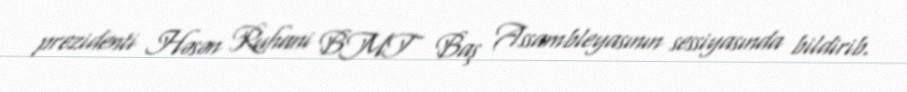
prezidenti Həsən Ruhani BMT Baş Assambleyasının sessiyasında bildirib.